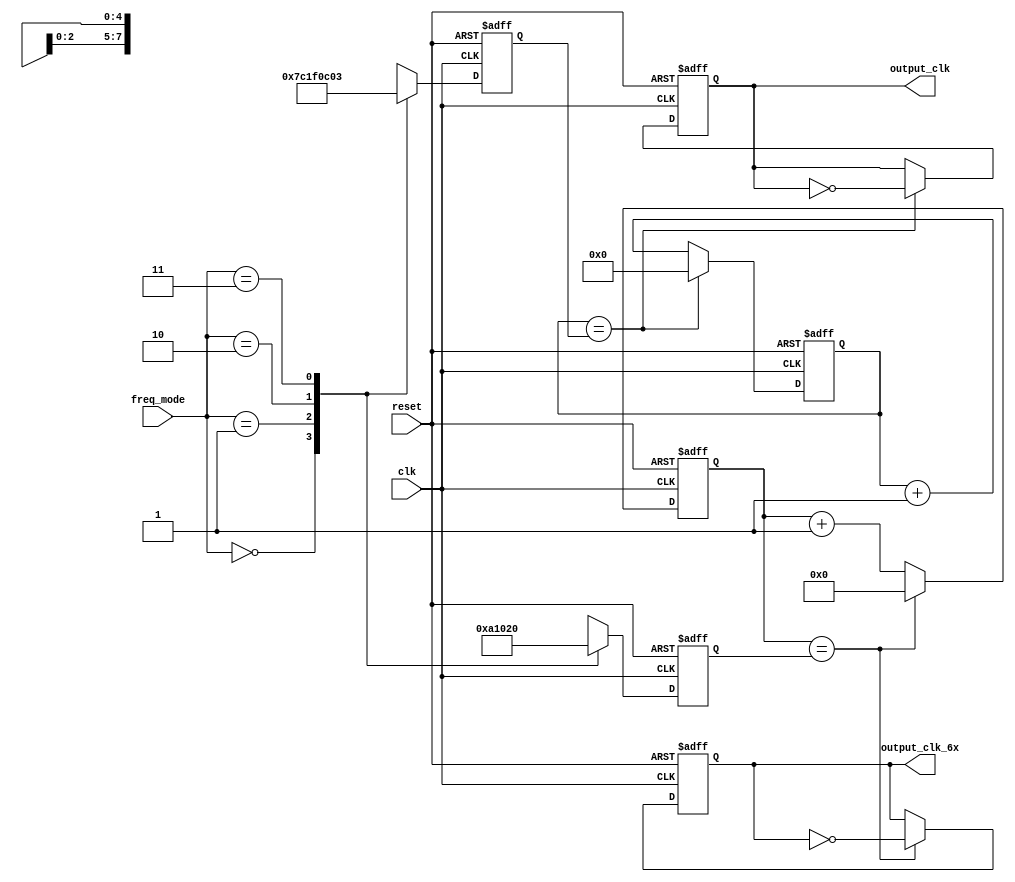
module clock_generator (
   reset,
   clk,
   freq_mode,
   output_clk,
   output_clk_6x
);

input       reset;         // System reset input
input       clk;           // System clock input (50 MHz)
input [1:0] freq_mode;     // I2C mode selector
output reg  output_clk;    // Output clock for SCL port 
output reg  output_clk_6x; // Output 6x clock for internal core i2c logic

//==================
// Wire's, reg's etc
reg   [7:0] freq_divider;  // Counter for divide system clock
reg   [4:0] freq_divider6x;// Append counter for divide system clock 
reg   [7:0] divider;       // Register for storage divide value
reg   [4:0] divider6x;     // Register for storage divide value 6x
reg         out_clk_ff;    // flip-flop of output clock value
reg         out_clk6x_ff;  // flip-flop of output 6x clock value 

//==================
// Assignments
assign   output_clk = out_clk_ff;
assign   output_clk_6x = out_clk6x_ff;

//=======================
// Selector logic for SCL
always @ (posedge clk or negedge reset)
begin
   if (!reset)
      divider  <= 0;
   else
   begin
      case (freq_mode)
         2'b00    :  divider = 8'd124;   // 100 kHz (Standard-mode)
         2'b01    :  divider = 8'd31;    // 400 kHz ("Fast-mode")
         2'b10    :  divider = 8'd12;    // 1 MHz ("Fast-mode Plus")
         2'b11    :  divider = 8'd3;     // 3.4 MHz ("High-speed mode")
         default  :  divider = 8'd124;   // Default - Standard-mode
      endcase
   end
end

//=======================================================
// Selector logic for 6x clock of internal core i2c logic
always @ (posedge clk or negedge reset)
begin
   if (!reset)
      divider6x<= 0;
   else
   begin
      case (freq_mode)
         2'b00    :  divider6x = 5'd20; 
         2'b01    :  divider6x = 5'd4;  
         2'b10    :  divider6x = 5'd1;  
         2'b11    :  divider6x = 5'd0;  
         default  :  divider6x = 5'd20; 
      endcase
   end
end

//=======================
// Counters logic section
always @ (posedge clk or negedge reset)
begin
   if (!reset)
      freq_divider   <= 0;
   else if (freq_divider == divider)
      freq_divider   <= 0;
   else
      freq_divider   <= freq_divider + 1;
end
//=======================
always @ (posedge clk or negedge reset)
begin
   if (!reset)
      freq_divider6x   <= 0;
   else if (freq_divider6x == divider6x)
      freq_divider6x   <= 0;
   else
      freq_divider6x   <= freq_divider6x + 1;
end

//========================
// Output ff logic section
always @ (posedge clk or negedge reset)
begin
   if (!reset)
      out_clk_ff  <= 0;
   else if (freq_divider == divider)
      out_clk_ff  <= ~out_clk_ff;
   else
      out_clk_ff  <= out_clk_ff;
end
//========================
always @ (posedge clk or negedge reset)
begin
   if (!reset)
      out_clk6x_ff   <= 0;
   else if (freq_divider6x == divider6x)
      out_clk6x_ff   <= ~out_clk6x_ff; 
   else
      out_clk6x_ff   <= out_clk6x_ff;
end
//
endmodule